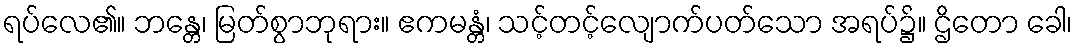
ရပ်လေ၏။ ဘန္တေ၊ မြတ်စွာဘုရား။ ဧကမန္တံ၊ သင့်တင့်လျောက်ပတ်သော အရပ်၌။ ဌိတော ခေါ၊